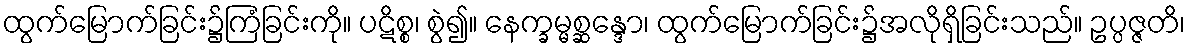
ထွက်မြောက်ခြင်း၌ကြံခြင်းကို။ ပဋိစ္စ၊ စွဲ၍။ နေက္ခမ္မစ္ဆန္ဒော၊ ထွက်မြောက်ခြင်း၌အလိုရှိခြင်းသည်။ ဥပ္ပဇ္ဇတိ၊